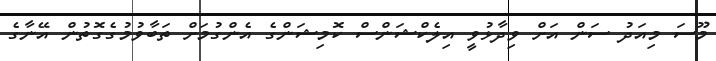
މޫސަ މިއަދު ސަން އަށް ވިދާޅުވީ އިލެކްޝަންސް ކޮމިޝަންގެ އެންގުމަށް ތަބާވުމުގެގޮތުން އޭނާގެ